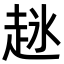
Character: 𬦋